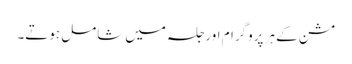
مشن کے ہر پروگرام اور جلسہ میں شامل ہوتے۔